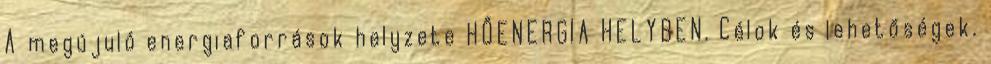
A megújuló energiaforrások helyzete HŐENERGIA HELYBEN. Célok és lehetőségek.